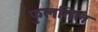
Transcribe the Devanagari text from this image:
फुलतिल